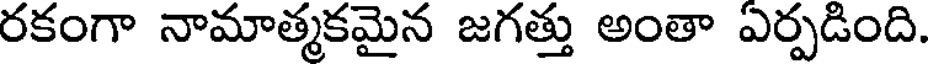
రకంగా నామాత్మకమైన జగత్తు అంతా ఏర్పడింది.